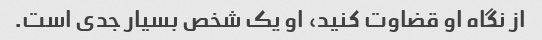
از نگاه او قضاوت کنید، او یک شخص بسیار جدی است.